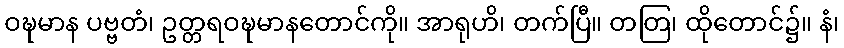
ဝဍ္ဎမာန ပဗ္ဗတံ၊ ဥတ္တရဝဍ္ဎမာနတောင်ကို။ အာရုဟိ၊ တက်ပြီ။ တတြ၊ ထိုတောင်၌။ နံ၊